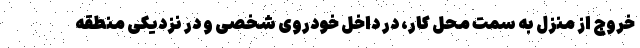
خروج از منزل به سمت محل کار، در داخل خودروی شخصی و در نزدیکی منطقه